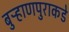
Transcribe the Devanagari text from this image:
बुऱ्हाणपुराकडे